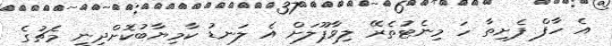
އެ ހާފް ފެށިތާ ހަ މިނެޓުތެރޭ ލިވާޕޫލަށް އެ ލަނޑު ކާމިޔާބުކޮށްދިނީ މެޗުގެ